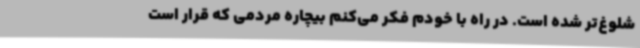
شلوغ‌تر شده است. در راه با خودم فکر می‌کنم بیچاره مردمی که قرار است